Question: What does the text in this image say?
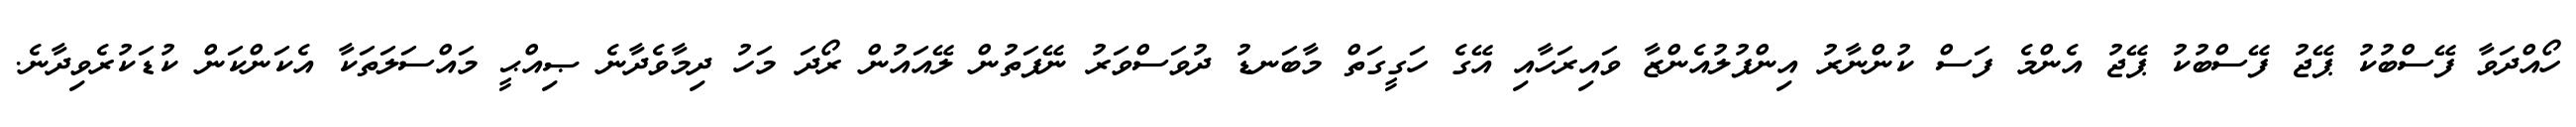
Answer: ހޯއްދަވާ ފޭސްބުކު ޕޭޖު ފޭސްބުކު ޕޭޖު އެންމެ ފަސް ކުންނާރު އިންފުލުއެންޒާ ވައިރަހާއި އޭގެ ހަގީގަތް މާބަނޑު ދުވަސްވަރު ނޭފަތުން ލޭއައުން ރޯދަ މަހު ދިމާވެދާނެ ޞިއްޙީ މައްސަލަތަކާ އެކަންކަން ކުޑަކުރެވިދާނެ.